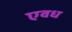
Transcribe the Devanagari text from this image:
एवध